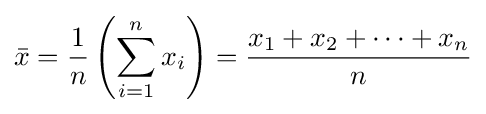
{\bar {x}}={\frac {1}{n}}\left(\sum _{i=1}^{n}{x_{i}}\right)={\frac {x_{1}+x_{2}+\cdots +x_{n}}{n}}